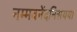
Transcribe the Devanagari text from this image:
नम्मवनेंदनिसयया